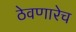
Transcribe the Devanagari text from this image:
ठेवणारेच